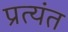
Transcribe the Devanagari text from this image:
प्रत्‍यंत